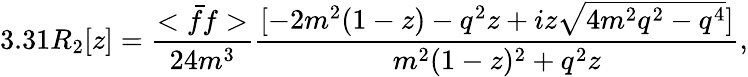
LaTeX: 3.31R_{2}[z]=\frac{<\bar{f}f>}{24m^{3}}\frac{[-2m^{2}(1-z)-q^{2}z+iz\sqrt{4m^{2}q^{2}-q^{4}}]}{m^{2}(1-z)^{2}+q^{2}z},